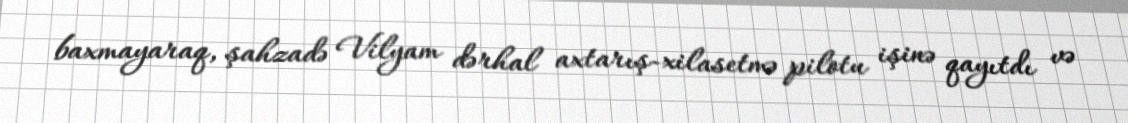
baxmayaraq, şahzadə Vilyam dərhal axtarış-xilasetmə pilotu işinə qayıtdı və